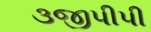
૩જીપીપી